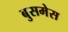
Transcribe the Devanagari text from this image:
बुसमेस